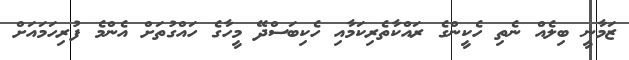
ޒަމާނީ ބިލެއް ނެތި ހެކީންގެ ރައްކާތެރިކަމާއި ހެކިބަސްދޭ މީހާގެ ހައްގުތަށް އެންމެ ފުރިހަމައަށް